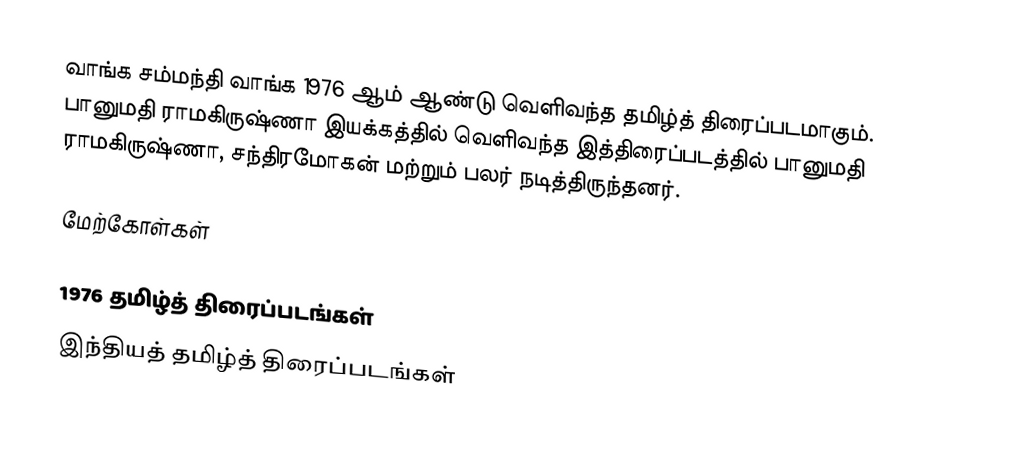
வாங்க சம்மந்தி வாங்க 1976 ஆம் ஆண்டு வெளிவந்த தமிழ்த் திரைப்படமாகும். பானுமதி ராமகிருஷ்ணா இயக்கத்தில் வெளிவந்த இத்திரைப்படத்தில் பானுமதி ராமகிருஷ்ணா, சந்திரமோகன் மற்றும் பலர் நடித்திருந்தனர்.

மேற்கோள்கள்

1976 தமிழ்த் திரைப்படங்கள்
இந்தியத் தமிழ்த் திரைப்படங்கள்